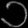
Digit: ၁